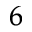
^ 6